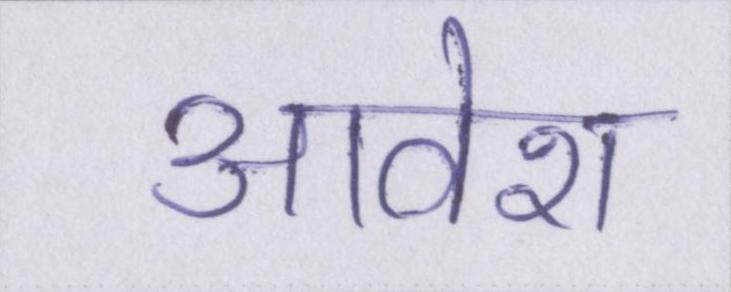
आवेश